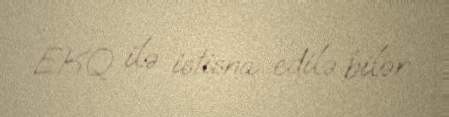
EKQ ilə istisna edilə bilər.